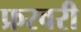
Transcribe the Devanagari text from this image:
फ्ररवरी